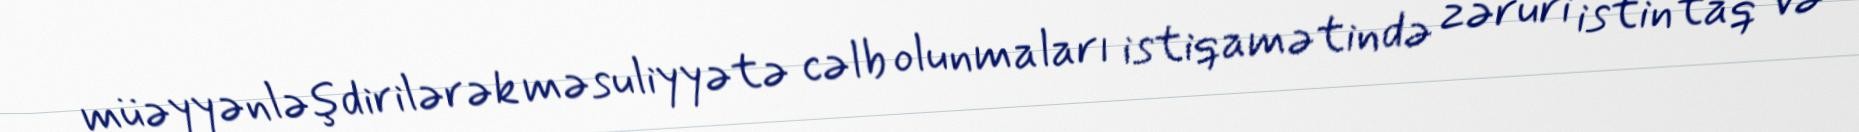
müəyyənləşdirilərək məsuliyyətə cəlb olunmaları istiqamətində zəruri istintaq və